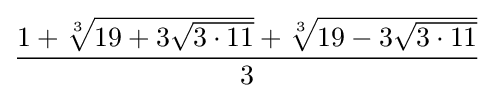
{\frac {1+{\sqrt[{3}]{19+3{\sqrt {3\cdot 11}}}}+{\sqrt[{3}]{19-3{\sqrt {3\cdot 11}}}}}{3}}